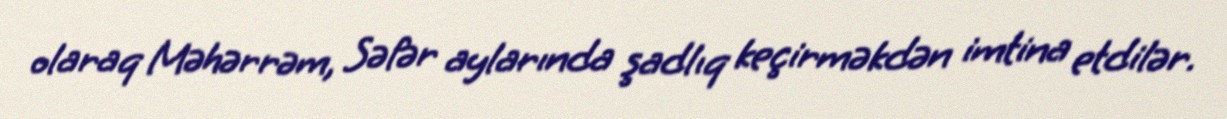
olaraq Məhərrəm, Səfər aylarında şadlıq keçirməkdən imtina etdilər.